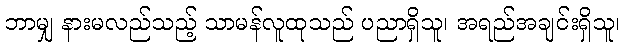
ဘာမျှ နားမလည်သည့် သာမန်လူထုသည် ပညာရှိသူ၊ အရည်အချင်းရှိသူ၊